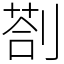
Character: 剳